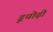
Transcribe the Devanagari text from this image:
डूयोढ़ी